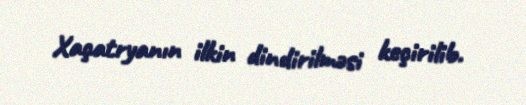
Xaçatryanın ilkin dindirilməsi keçirilib.